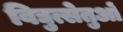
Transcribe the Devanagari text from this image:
विद्युत्सेतुओं